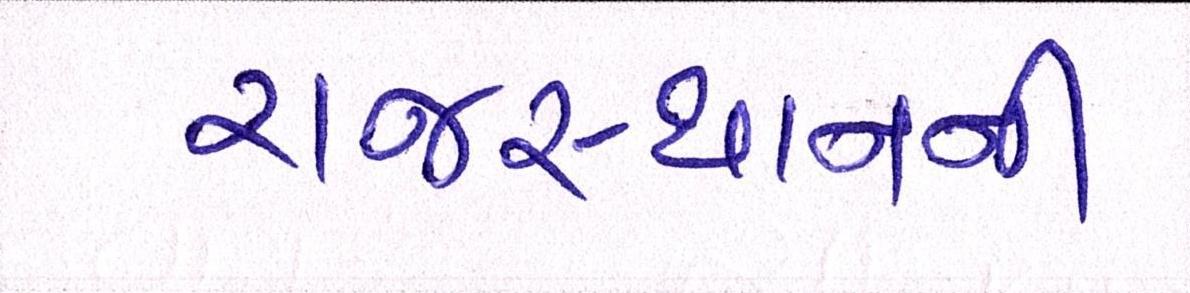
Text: રાજસ્થાનની